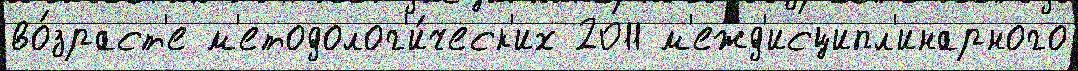
во́зраст'е м'етодолог'и́ческ'их 2011 м'ежд'исципл'инарного